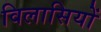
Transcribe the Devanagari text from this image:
विलासियों